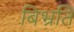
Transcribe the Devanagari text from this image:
बिभ्रति